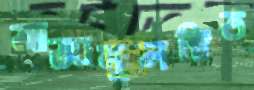
আজানুলম্বিত